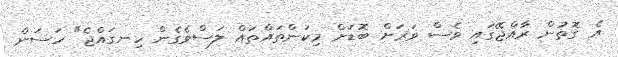
އެ ގޮތުން ރާއްޖޭގައި ވެސް ވަރަށް ބޮޑަށް މިކަންތައްތައް ލަސްވެގެން ހިނގައްޖެ" ހަސަން